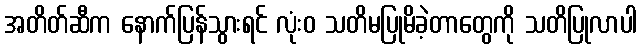
အတိတ်ဆီက နောက်ပြန်သွားရင် လုံးဝ သတိမပြုမိခဲ့တာတွေကို သတိပြုလာပါ